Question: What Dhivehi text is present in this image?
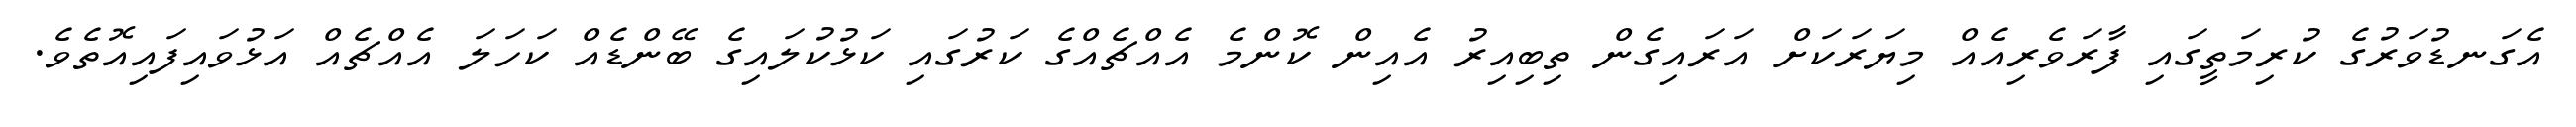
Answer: އެގަނޑުވަރުގެ ކުރިމަތީގައި ފާރަވެރިއެއް މިޔަރަކަށް އަރައިގެން ތިބިއިރު އެއިން ކޮންމެ އެއްޗެއްގެ ކަރުގައި ކަޅުކުލައިގެ ބޭންޑެއް ކަހަލަ އެއްޗެއް އަޅުވައިފައިއޮތެވެ.